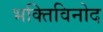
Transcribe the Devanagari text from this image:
भक्तिविनोद